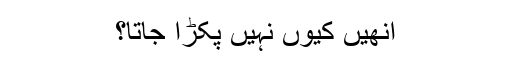
انھیں کیوں نہیں پکڑا جاتا؟